Annual report of the Punjab Veterinary College and of the Civil Veterinary Department, Punjab - 1909-1919
Year: 1909
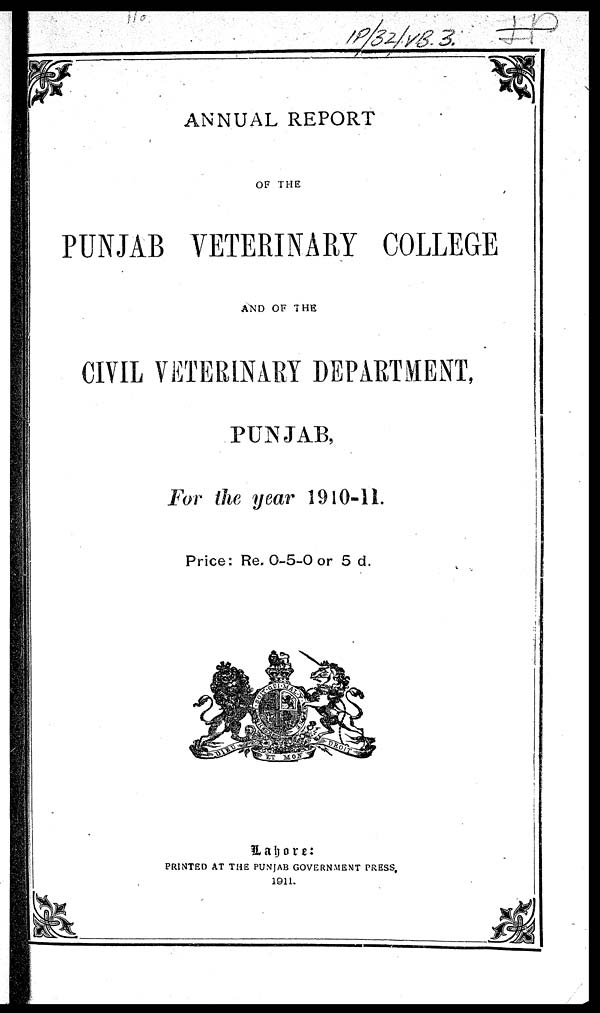
ANNUAL REPORT
OF THE
PUNJAB VETERINARY COLLEGE
AND OF THE
CIVIL VETERINARY DEPARTMENT,
PUNJAB,
For the year 1910-11.
Price: Re. 0-5-0 or 5 d.
Lahore:
PRINTED AT THE PUNJAB GOVERNMENT PRESS,
1911.